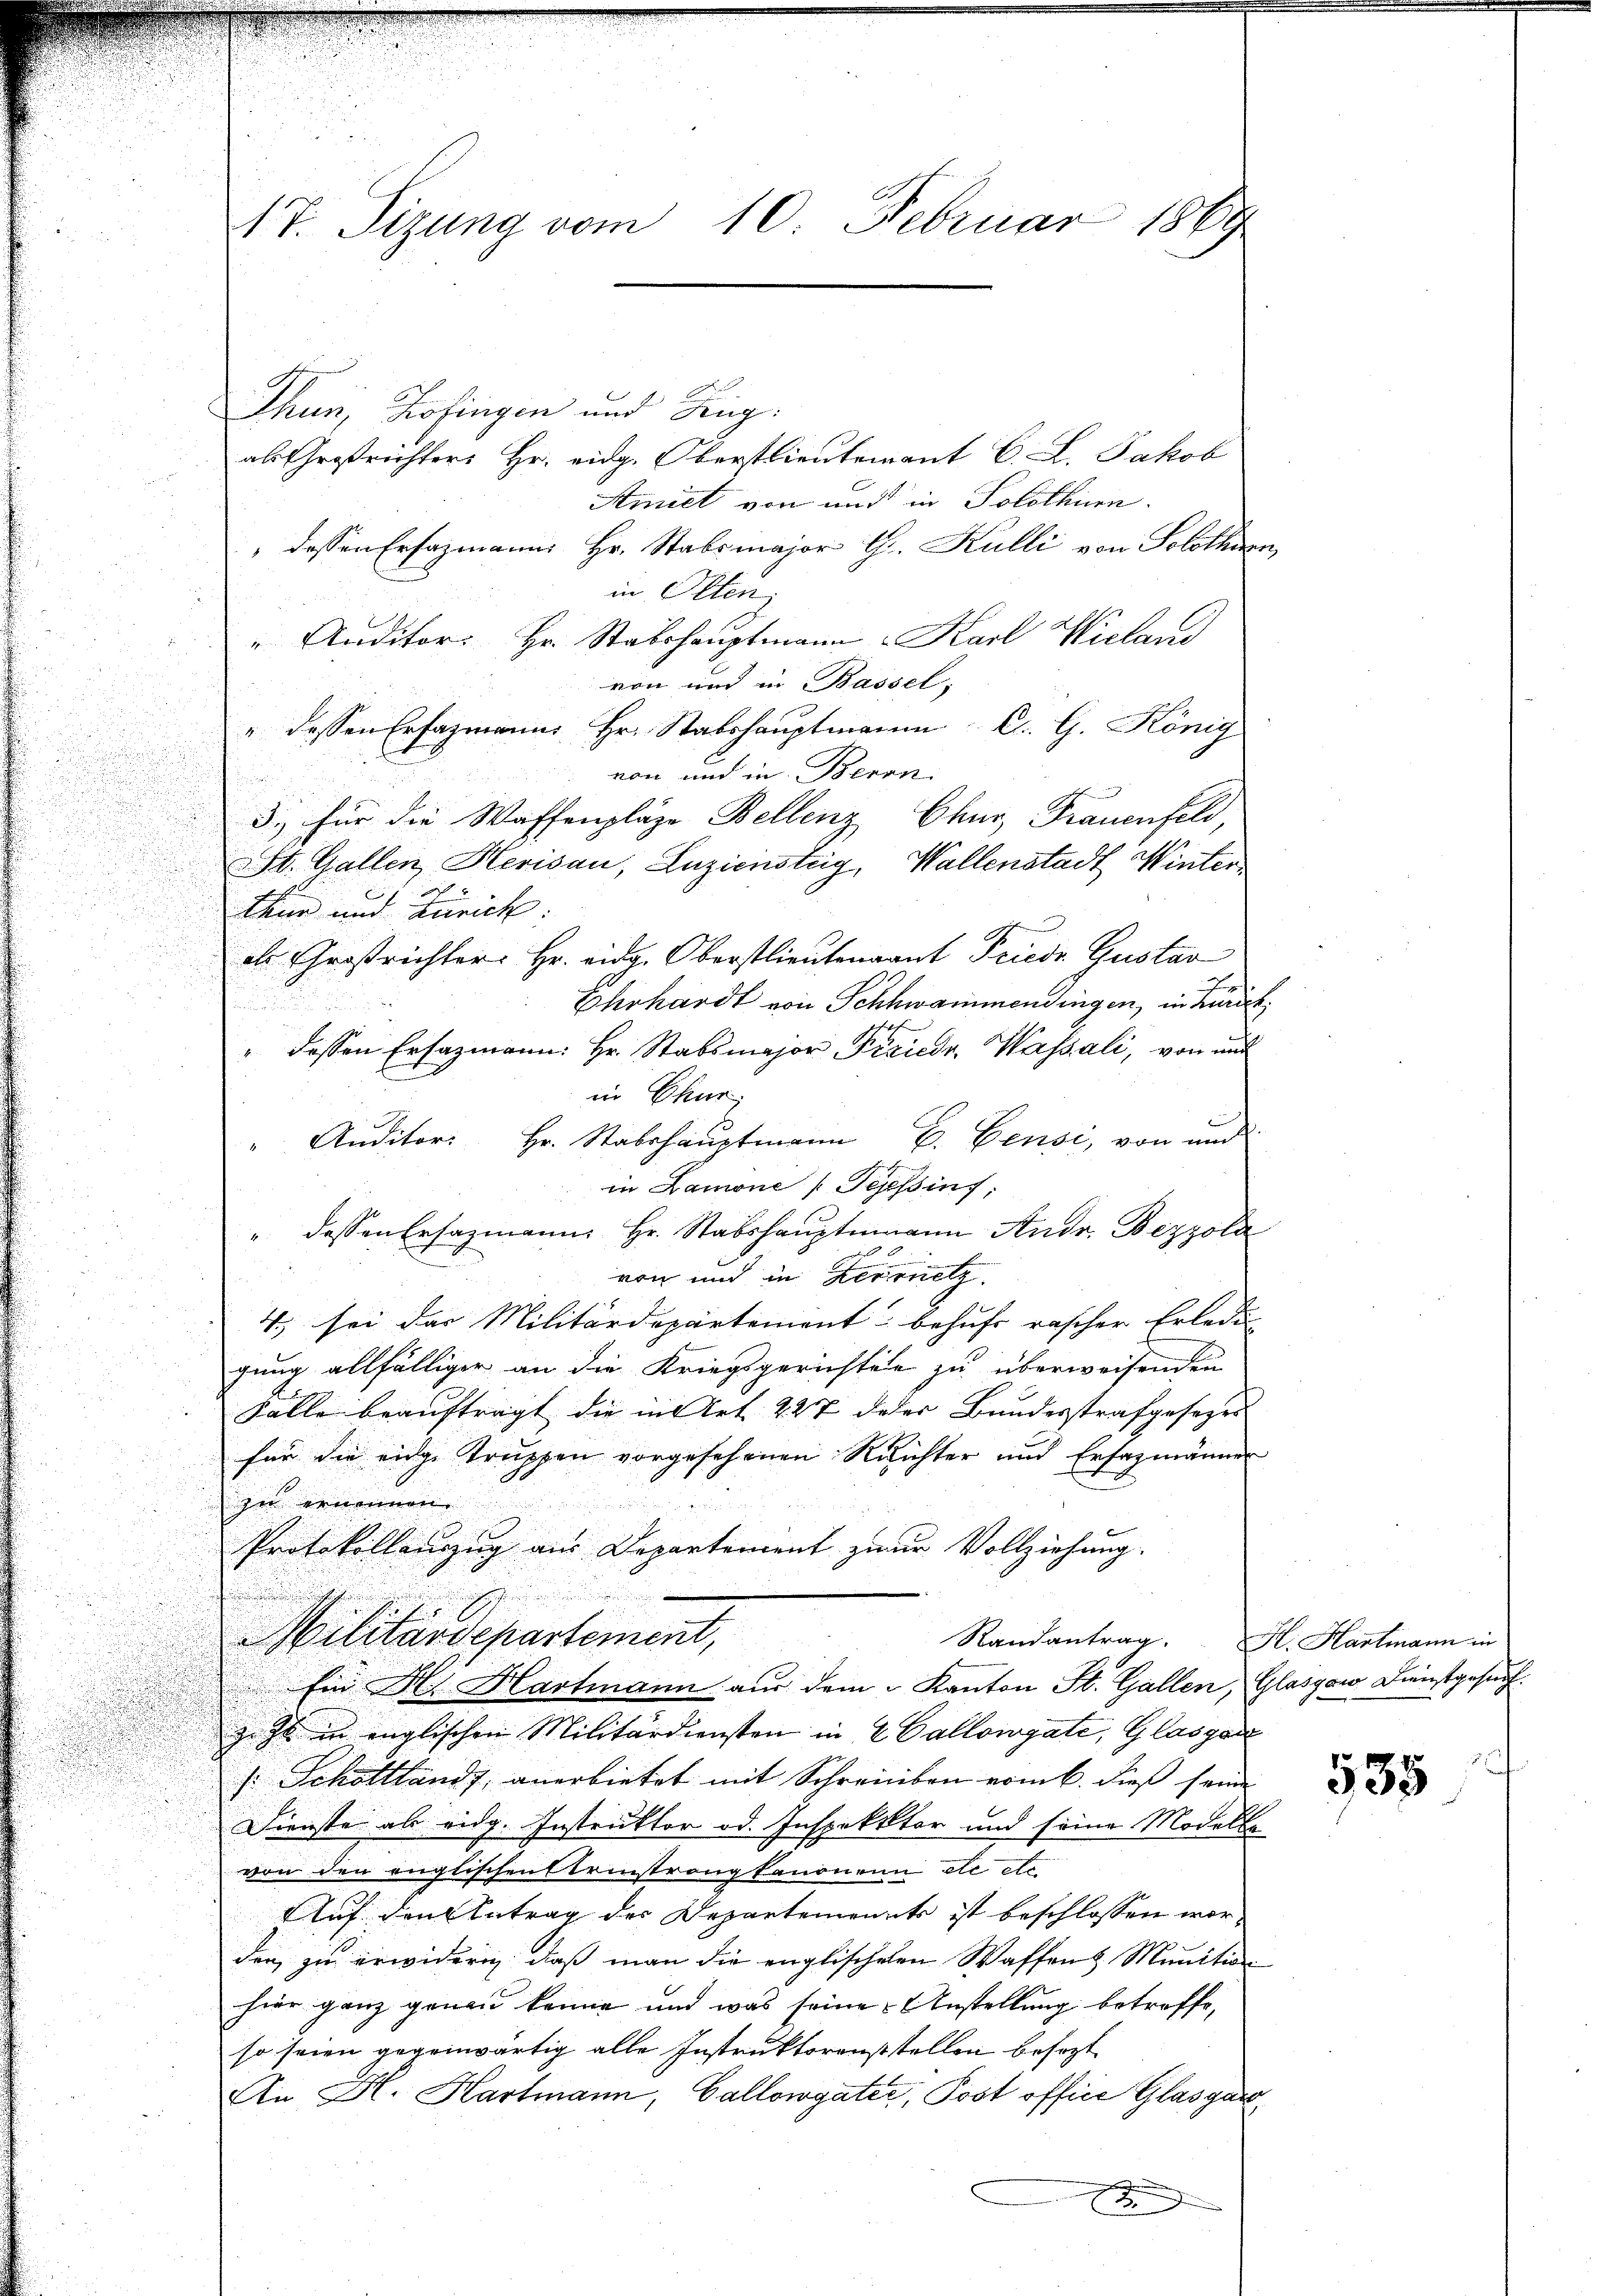
IT. Sizung vom 10. Februar 1869

Thun, Zofingen und Zug:
als Großrichters Hr. eidg. Oberstlieutenant C. L. Jakob
Amiet von und in Solothurn.
" dessen Ersazmanns Hr. Stabsmajor H. Kulli von Solothurn,
in Olten;
" Auditor: Hr. Stabshauptmann Karl Wieland
.
von und in Bassel,
" dessen Erfagmanns Hr. Stabshauptmann C. G. König
von und in Beren.
.
3. für die Waffenpläge Bellenz Chur, Frauenfeld,
St. Gallen, Herisau, Luziensteig, Wallenstadt Winter
u
thur und Zürich:
d
els Großrichter Hr. eidg. Oberstlieutenant Friedr. Gustav
J
Ehrhardt von Schwammendingen, in Mariel
n
" dessen Erfazmann: Hr. Stabsmajor Friedr. Wassali, von und
in Chur,
" Auditor Hr. Stabshauptmann E. Gense, von und
in Lamone (Tessin;
" dessen Ersazmann Hr. Stabshauptmann Andr. Bezzola
von und in Kernelz
4. sei das Militärdepartement behufs rascher Erledig
gung allfälliger an die Kriegsgerichten zu überweisenden
Falle beauftragt die in Art 227 deser Bundesstrafgesezes
für die eidge Truppen vorgesehenen Reichter und Ersazmänner
zu ernennen.
Protokollanzug aus Departement zur Vollziehung.
e
.
Militärdepartement,
Randantrag. H. Hartmann in
Ein H. Hartmann aus dem Kanton St. Gallen, Glasgow Dienstgesuch
geht in englischen Militärdiensten in 2 Callowgate, Glasgar
s: Schottland, anerbietet mit Schreiben vom 6. dieß seine
Dienste als eidg. Instruktor od. Inspektor und seine Modell
von den englischen Strinstrang kanonen etc etc.
Auf den Betrag der Departement ist beschlossen worden, zu erwidern, daß man die englischenen Waffend Munition
hier ganz genau keine und was seine Anstellung betroffe,
so seien gegenwärtig alle Instruktorenststellen besezt
An Hr. Hartmann, Gallowgater, Post office Glasgar
d

535